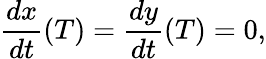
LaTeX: {\frac{dx}{dt}}(T)={\frac{dy}{dt}}(T)=0,